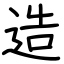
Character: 造